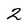
Character: 2